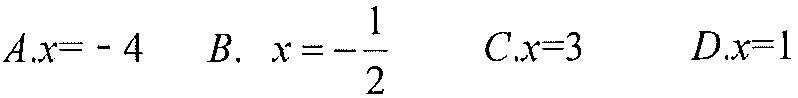
\(A.x = - 4\)  \(B.\ x=-\dfrac{1}{2}\)  \(C.x = 3\)  \(D.x = 1\)